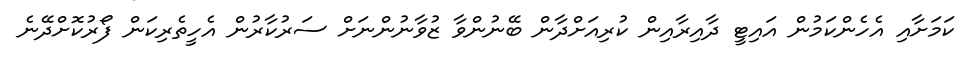
ކަމަށާއި އެހެންކަމުން އައިޓީ ދާއިރާއިން ކުރިއަށްދާން ބޭނުންވާ ޒުވާނުންނަށް ސަރުކާރުން އެހީތެރިކަން ފޯރުކޮށްދޭނެ